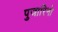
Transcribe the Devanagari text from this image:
पुजारिनो